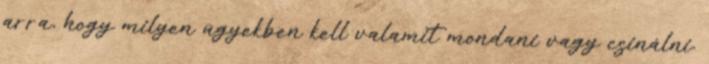
arra, hogy milyen ügyekben kell valamit mondani vagy csinálni.